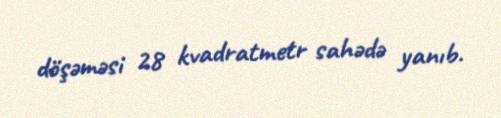
döşəməsi 28 kvadratmetr sahədə yanıb.